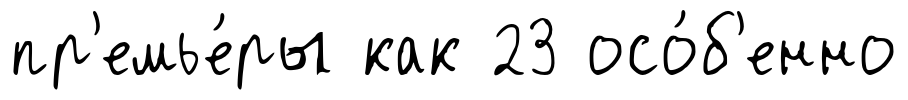
пр'емье́ры как 23 осо́б'енно